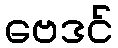
ဗေဒင်